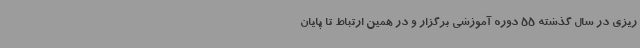
ریزی در سال گذشته 55 دوره آموزشی برگزار و در همین ارتباط تا پایان